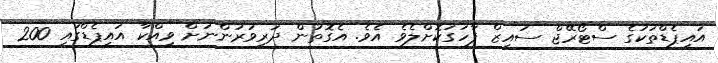
އައިޕެޑްތަކުގެ ސްޓޯރޭޖް ސައިޒް ފާހަގަކޮށްލެވެ އެވެ. އެގޮތުން ދަރިވަރުންނަށް ވިއްކާ އައިޕެޑްގައި 200